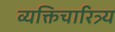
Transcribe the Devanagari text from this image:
व्यक्तिचारित्र्य